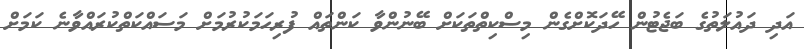
އަދި ދައުލަތުގެ ބަޖެޓުން ހޭދަކޮށްގެން މިސްކިތްތަކަށް ބޭނުންވާ ކަންތައް ފުރިހަމަކުރުމަށް މަސައްކަތްކުރައްވާނެ ކަމަށް